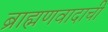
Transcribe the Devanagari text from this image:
ब्राह्मणवादाची